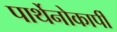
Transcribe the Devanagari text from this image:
पार्थेनोकार्पी